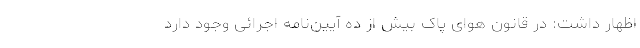
اظهار داشت: در قانون هوای پاک بیش از ده آیین‌نامه اجرائی وجود دارد